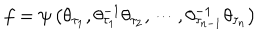
f = \psi \left( \theta _ { \tau _ { 1 } } , \theta _ { \tau _ { 1 } } ^ { - 1 } \theta _ { \tau _ { 2 } } , \cdots , \theta _ { \tau _ { n - 1 } } ^ { - 1 } \theta _ { \tau _ { n } } \right)